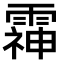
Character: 䨩